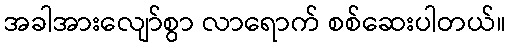
အခါအားလျော်စွာ လာရောက် စစ်ဆေးပါတယ်။